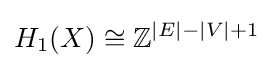
H_{1}(X)\cong \mathbb {Z} ^{|E|-|V|+1}